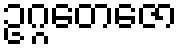
ဥဂ္ဂတေဇော